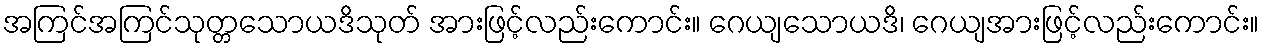
အကြင်အကြင်သုတ္တသောယဒိသုတ် အားဖြင့်လည်းကောင်း။ ဂေယျသောယဒိ၊ ဂေယျအားဖြင့်လည်းကောင်း။